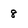
Character: 8